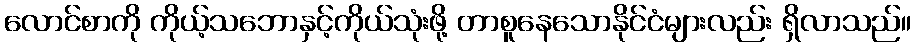
လောင်စာကို ကိုယ့်သဘောနှင့်ကိုယ်သုံးဖို့ တာစူနေသောနိုင်ငံများလည်း ရှိလာသည်။